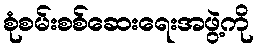
စုံစမ်းစစ်ဆေးရေးအဖွဲ့ကို